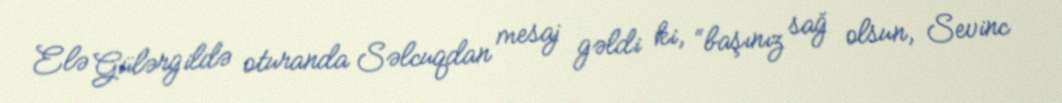
Elə Gülərgildə oturanda Səlcuqdan mesaj gəldi ki, “başınız sağ olsun, Sevinc